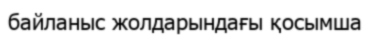
байланыс жолдарындағы қосымша